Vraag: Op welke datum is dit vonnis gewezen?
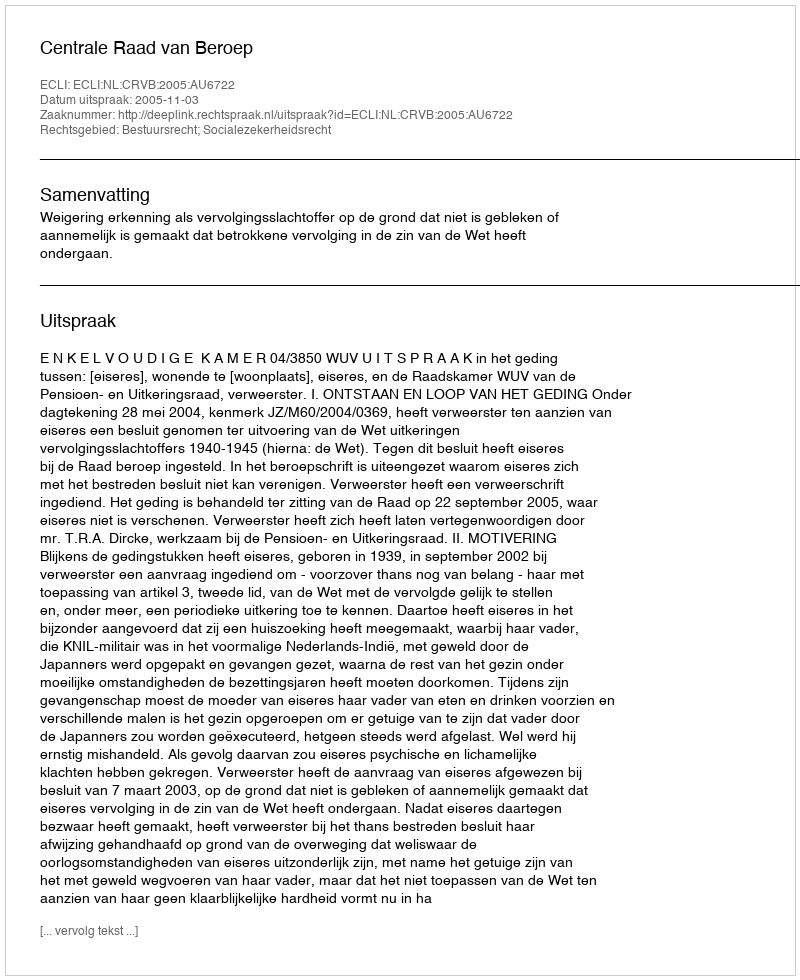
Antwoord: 2005-11-03